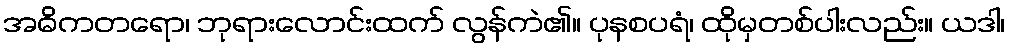
အဓိကတရော၊ ဘုရားလောင်းထက် လွန်ကဲ၏။ ပုနစပရံ၊ ထိုမှတစ်ပါးလည်း။ ယဒါ၊